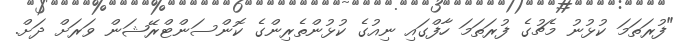
"ފުރަތަމަ ކުޅުނު މެޗުގެ ފުރަތަމަ ހާފްގައި ނިއުގެ ކުޅުންތެރިންގެ ކޮންސަންޓްރޭޝަން ވަރަށް ދަށް.